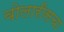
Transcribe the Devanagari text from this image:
वोलारीसचा